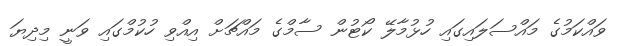
ވައްކަމުގެ މައްސަލައިގައި ހުޅުމާލޭ ކޯޓުން ސާމްގެ މައްޗަށް އިއްވި ހުކުމްގައި ވަނީ މިދިޔަ